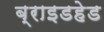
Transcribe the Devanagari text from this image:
ब्राइडहेड